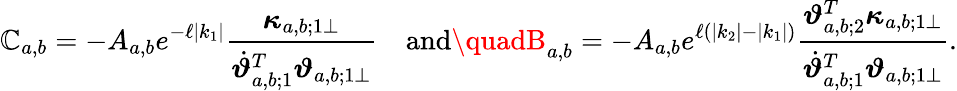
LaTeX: \boldsymbol{\mathbb{C}}_{a,b}=-A_{a,b}e^{-\ell\left|k_{1}\right|}\frac{{\boldsymbol{\kappa}_{a,b;1\perp}}}{{\dot{{\boldsymbol{\vartheta}}}_{a,b;1}^{T}\boldsymbol{\vartheta}_{a,b;1\perp}}}\quad\mathrm{{and}}\quadB_{a,b}=-A_{a,b}e^{\ell\left(\left|k_{2}\right|-\left|k_{1}\right|\right)}\frac{{\boldsymbol{\vartheta}_{a,b;2}^{T}\boldsymbol{\kappa}_{a,b;1\perp}}}{{\dot{{\boldsymbol{\vartheta}}}_{a,b;1}^{T}\boldsymbol{\vartheta}_{a,b;1\perp}}}.